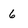
Character: 6